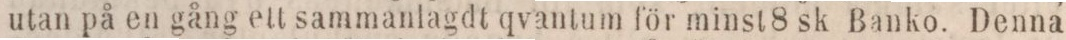
utan på en gång ett sammanlagdt qvantum för minst 8 sk Banko. Denna